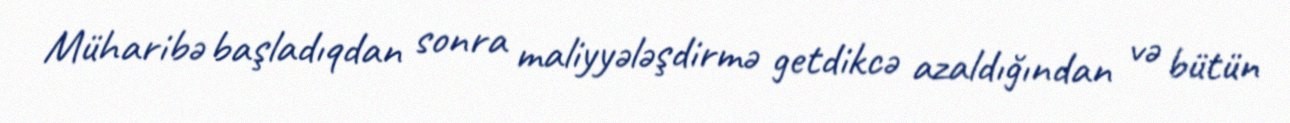
Müharibə başladıqdan sonra maliyyələşdirmə getdikcə azaldığından və bütün